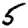
Digit: 5